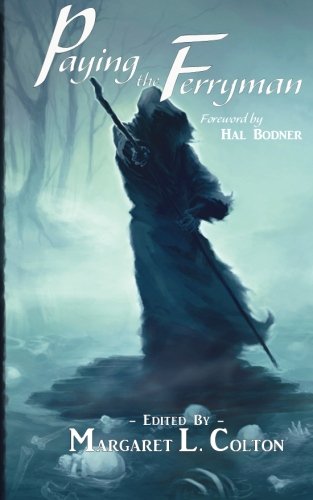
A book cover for Paying the Ferryman; Melodie Romeo; Literature & Fiction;